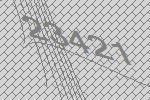
23421